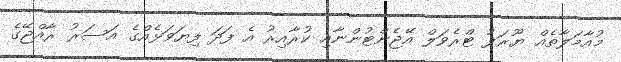
މުއާމަލާތެއް ޔޫރަޕު ޓްރެވަލް އޭޖެންޓުންނާއި ކުރާއިރު އެ ފަދަ ފިޔަވަޅެއްގެ އަސަރު ރާއްޖޭގެ